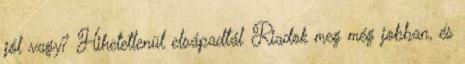
jól vagy? Hihetetlenül elsápadtál Riadok meg még jobban, és